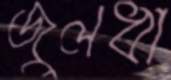
জুলধা